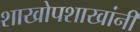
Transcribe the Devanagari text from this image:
शाखोपशाखांनी